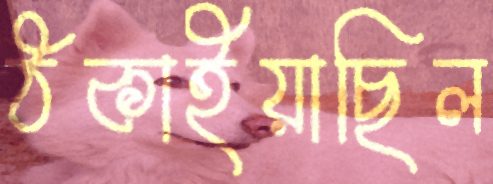
ঠকাইয়াছিল